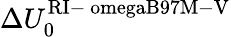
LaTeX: \Delta U_{0}^{\mathrm{RI-\ omegaB97M-V}}